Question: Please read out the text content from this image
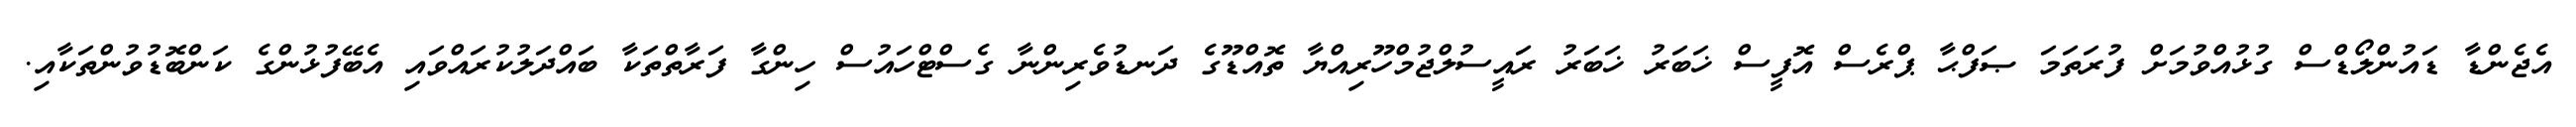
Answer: އެޖެންޑާ ޑައުންލޯޑްސް ގުޅުއްވުމަށް ފުރަތަމަ ޞަފްޙާ ޕްރެސް އޮފީސް ޚަބަރު ޚަބަރު ރައީސުލްޖުމްހޫރިއްޔާ ތޮއްޑޫގެ ދަނޑުވެރިންނާ ގެސްޓްހައުސް ހިންގާ ފަރާތްތަކާ ބައްދަލުކުރައްވައި އެބޭފުޅުންގެ ކަންބޮޑުވުންތަކާއި.